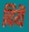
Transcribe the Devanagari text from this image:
दियॆ